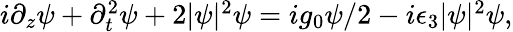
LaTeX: \begin{array}{r}{i\partial_{z}\psi+\partial_{t}^{2}\psi+2|\psi|^{2}\psi=ig_{0}\psi/2-i\epsilon_{3}|\psi|^{2}\psi,}\end{array}